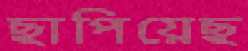
ছাপিয়েছ